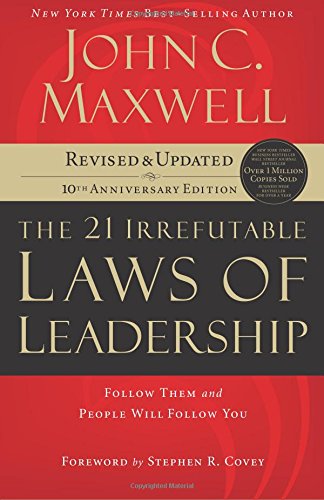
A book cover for The 21 Irrefutable Laws of Leadership: Follow Them and People Will Follow You; John C. Maxwell; History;